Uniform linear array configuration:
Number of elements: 12
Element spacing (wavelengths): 0.25
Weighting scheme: hann
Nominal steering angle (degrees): -60
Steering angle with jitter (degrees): -58.059
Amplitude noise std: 0.05
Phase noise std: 0.05

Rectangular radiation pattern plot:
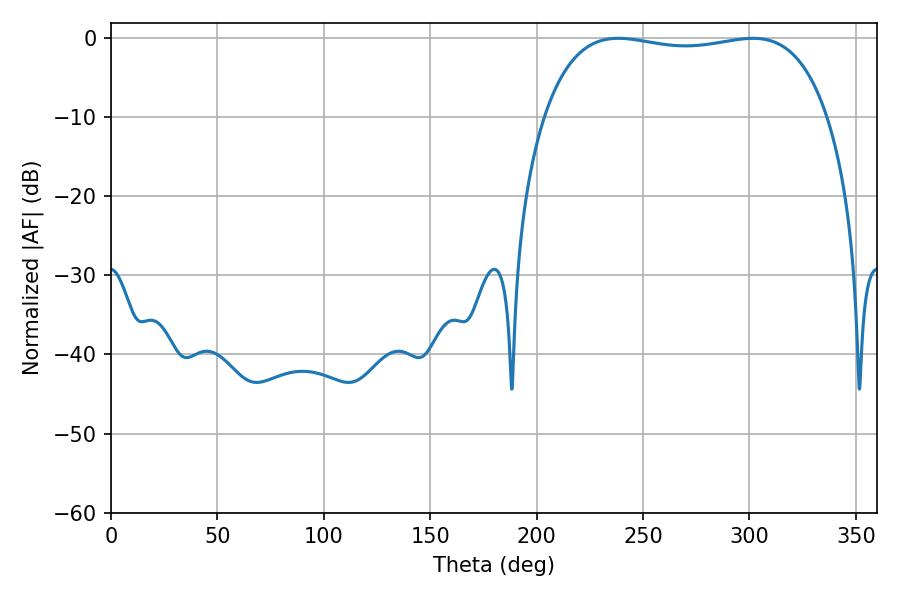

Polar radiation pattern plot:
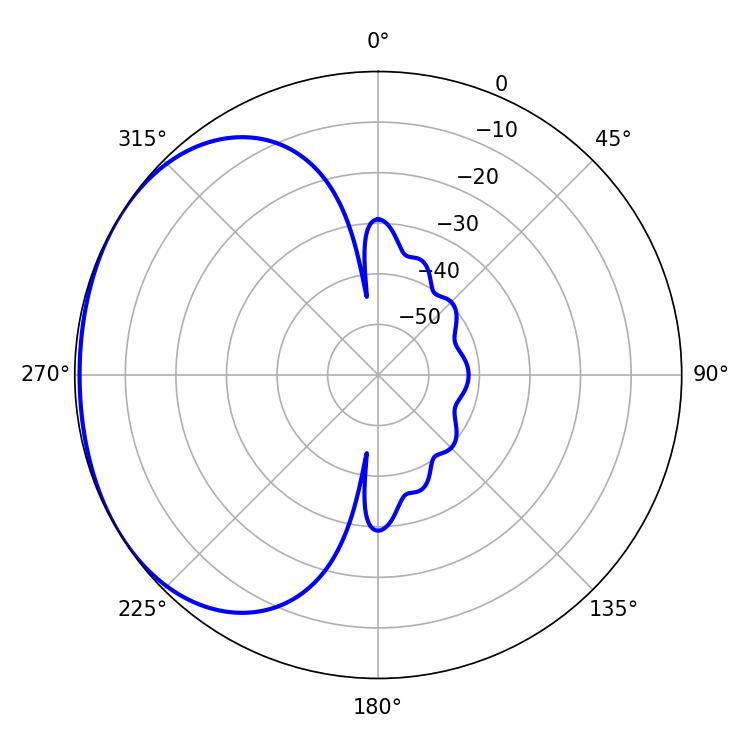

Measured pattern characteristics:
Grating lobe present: FALSE
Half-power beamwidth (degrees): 107.28
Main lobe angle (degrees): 238.32